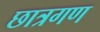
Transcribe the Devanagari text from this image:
छात्रगण